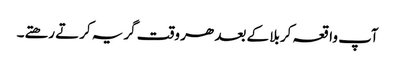
آپ واقعہ کربلا کے بعد ھر وقت گریہ کرتے رھتے۔